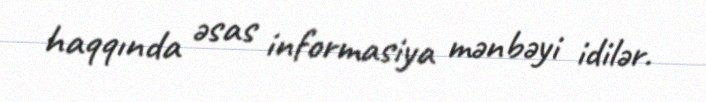
haqqında əsas informasiya mənbəyi idilər.